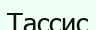
Тассис